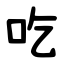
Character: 吃